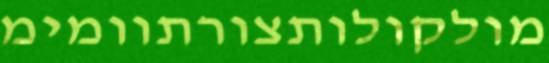
מולקולותצורתוומימ